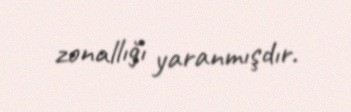
zonallığı yaranmışdır.